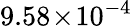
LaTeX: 9.58\! \times\! 10^{-4}